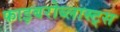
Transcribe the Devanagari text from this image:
फाइबरोब्लास्ट्स